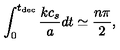
\int _ { 0 } ^ { t _ { \mathrm { d e c } } } \frac { k c _ { s } } { a } d t \simeq \frac { n \pi } { 2 } ,